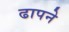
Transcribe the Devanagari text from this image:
ढापने